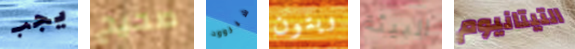
يجب صحيح شيروود ويتون البيئة التيتانيوم